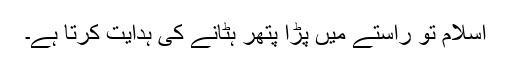
اسلام تو راستے میں پڑا پتھر ہٹانے کی ہدایت کرتا ہے۔